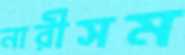
নারীসম